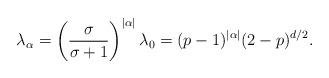
LaTeX: \begin{align*} \lambda_\alpha = \left(\frac{\sigma}{\sigma+1}\right)^{|\alpha|}\lambda_0 = (p-1)^{|\alpha|} (2-p)^{d/2}.\end{align*}